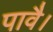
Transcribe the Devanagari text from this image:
पावै।